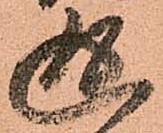
返